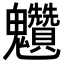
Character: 𩵆